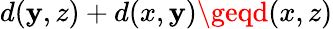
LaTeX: d(\mathbf{y},z)+d(x,\mathbf{y})\geqd(x,z)